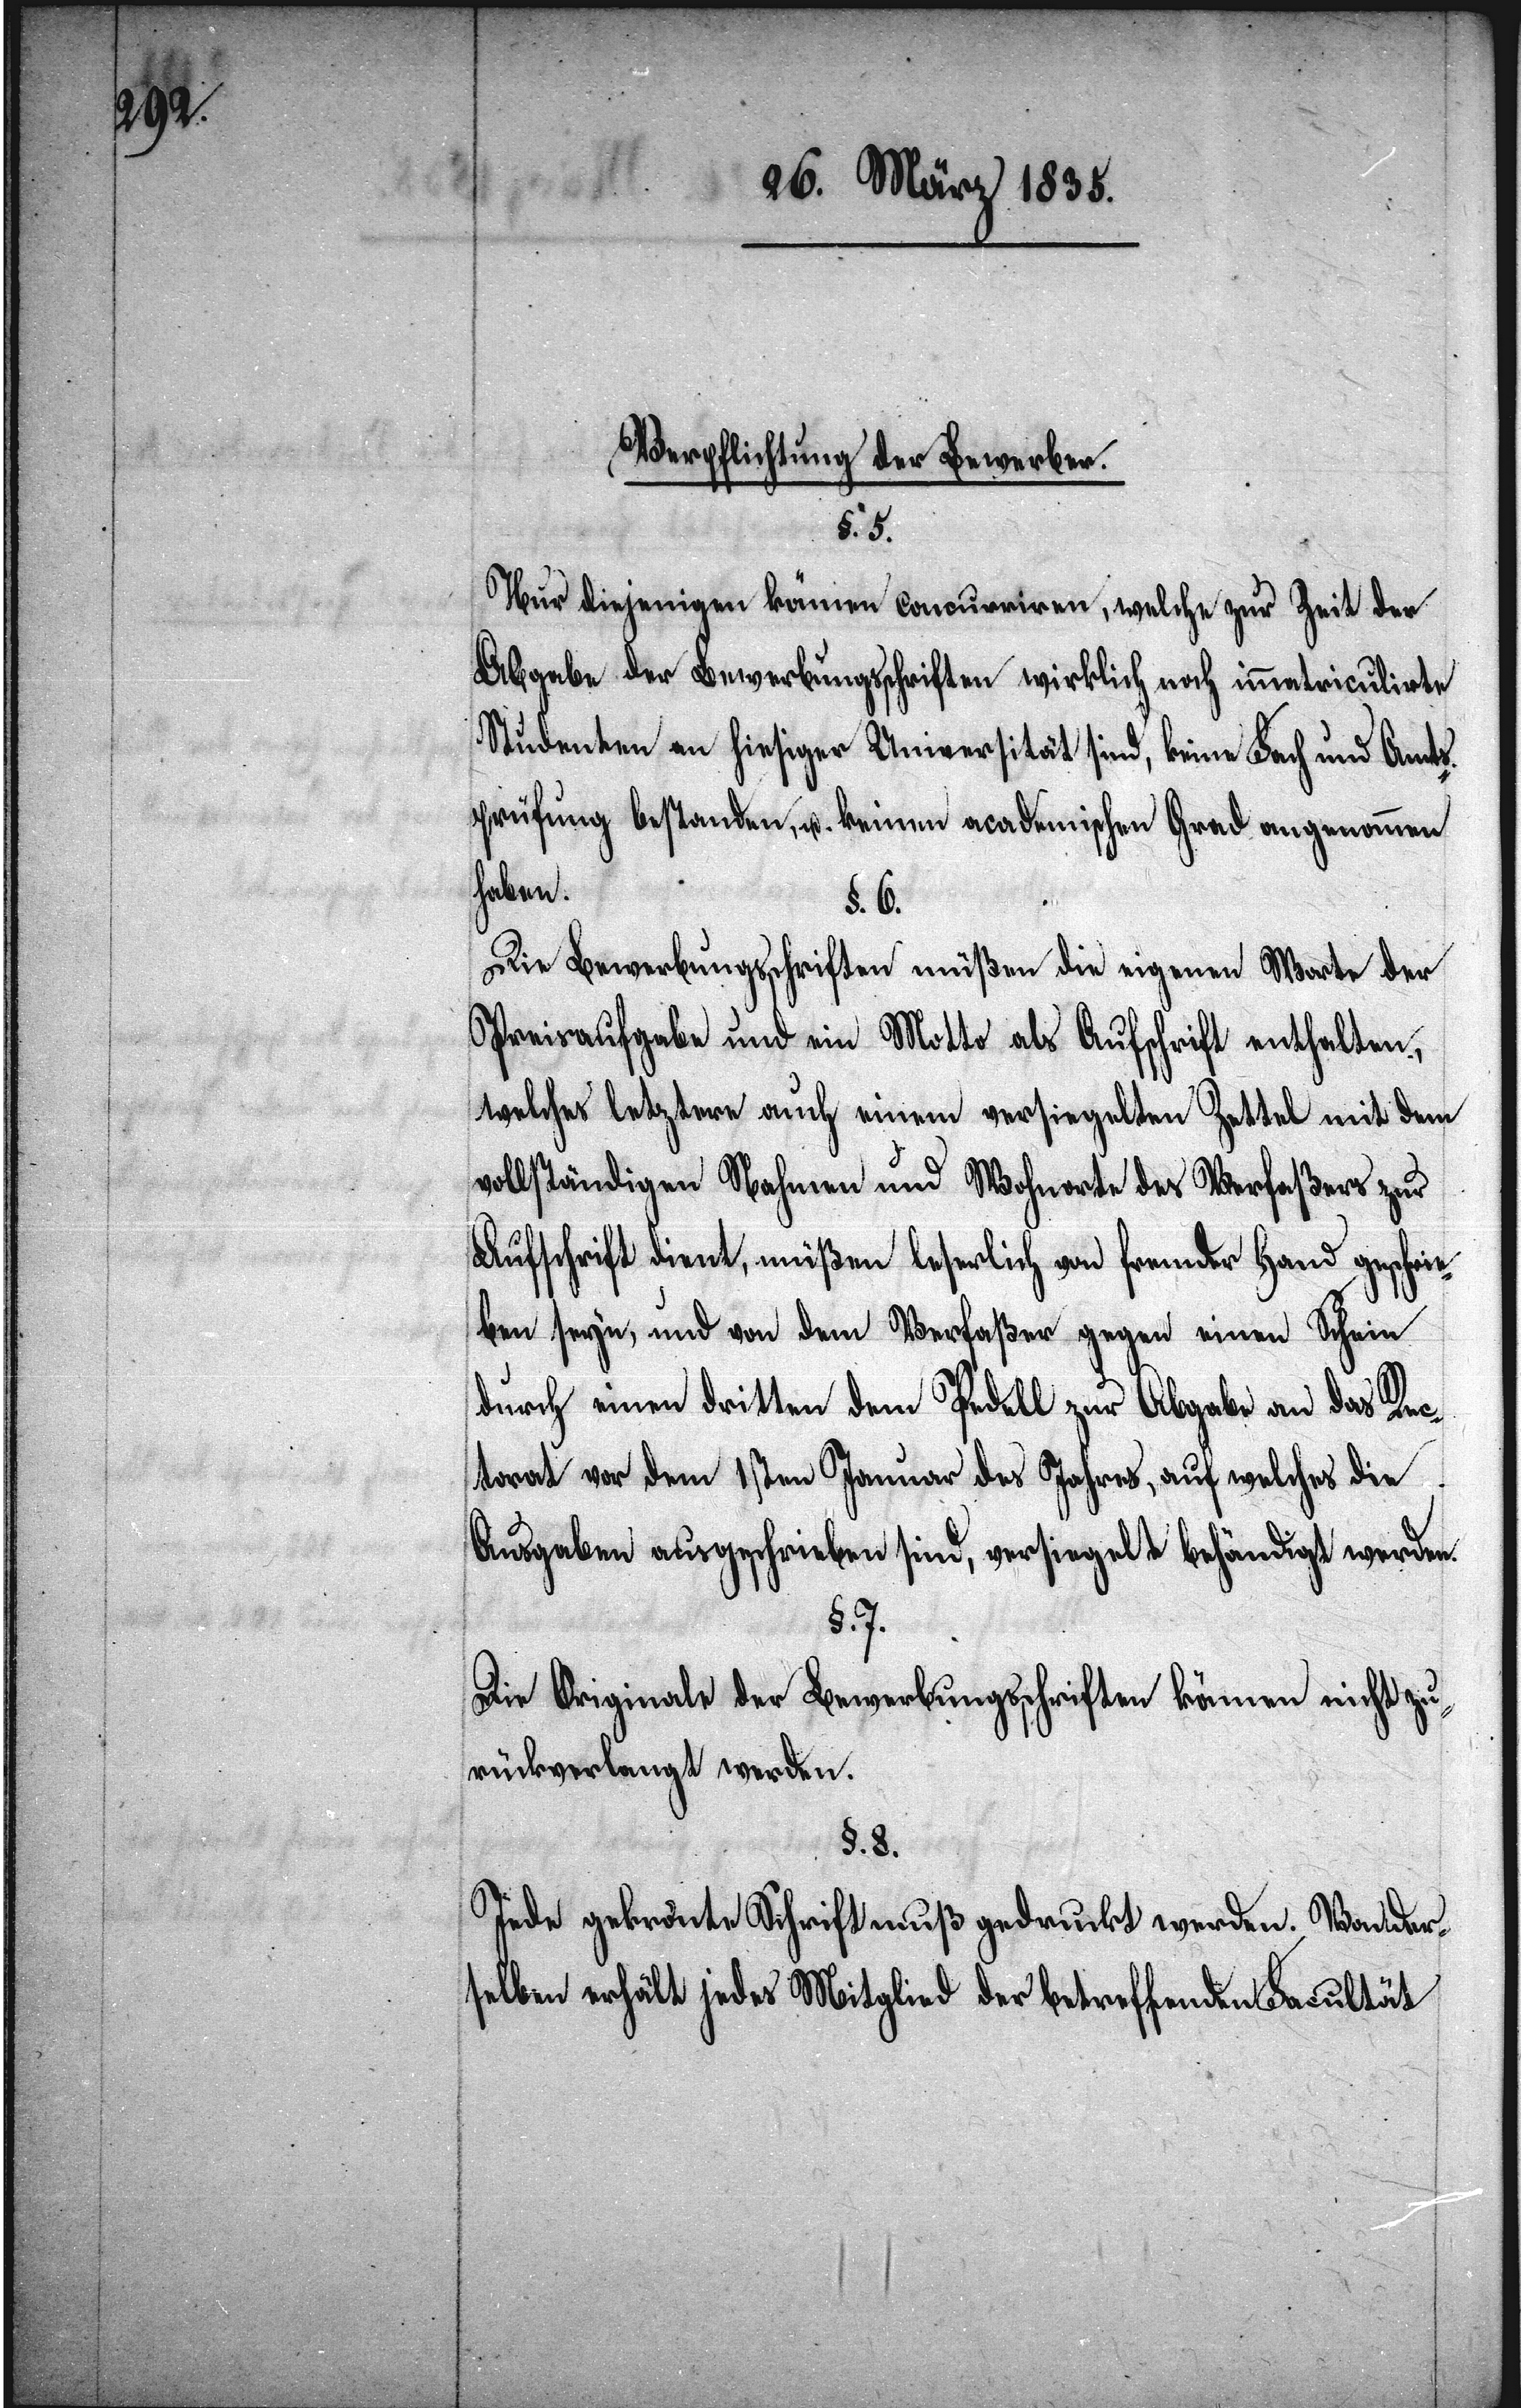
Verpflichtung der Bewerber.
§. 5.
Nur diejenigen können concurriren, welche zur Zeit der
Abgabe der Bewerbungsschriften wirklich noch immatriculirte
Studenten an hiesiger Universität sind, keine Fach und Amts¬
prüfung bestanden, u. keinen academischen Grad angenommen
haben.
§. 6.
Die Bewerbungsschriften müßen die eigenen Worte der
Preisaufgabe und ein Motto als Aufschrift enthalten,
welches letztere auch einem versiegelten Zettel mit dem
vollständigen Nahmen und Wohnorte des Verfaßers zur
Aufschrift dient, müßen leserlich von fremder Hand geschrie¬
ben seyn, und von dem Verfaßer gegen einen Schein
durch einen dritten dem Pedell zur Abgabe an das Rec¬
torat vor dem 1sten Januar des Jahres, auf welches die
Ausgaben ausgeschrieben sind, versiegelt behändigt werden.
§. 7.
Die Originale der Bewerbungsschriften können nicht zu¬
rückverlangt werden.
§. 8.
Jede gekrönte Schrift muß gedruckt werden. Von der¬
selben erhält jedes Mitglied der betreffenden Facultät